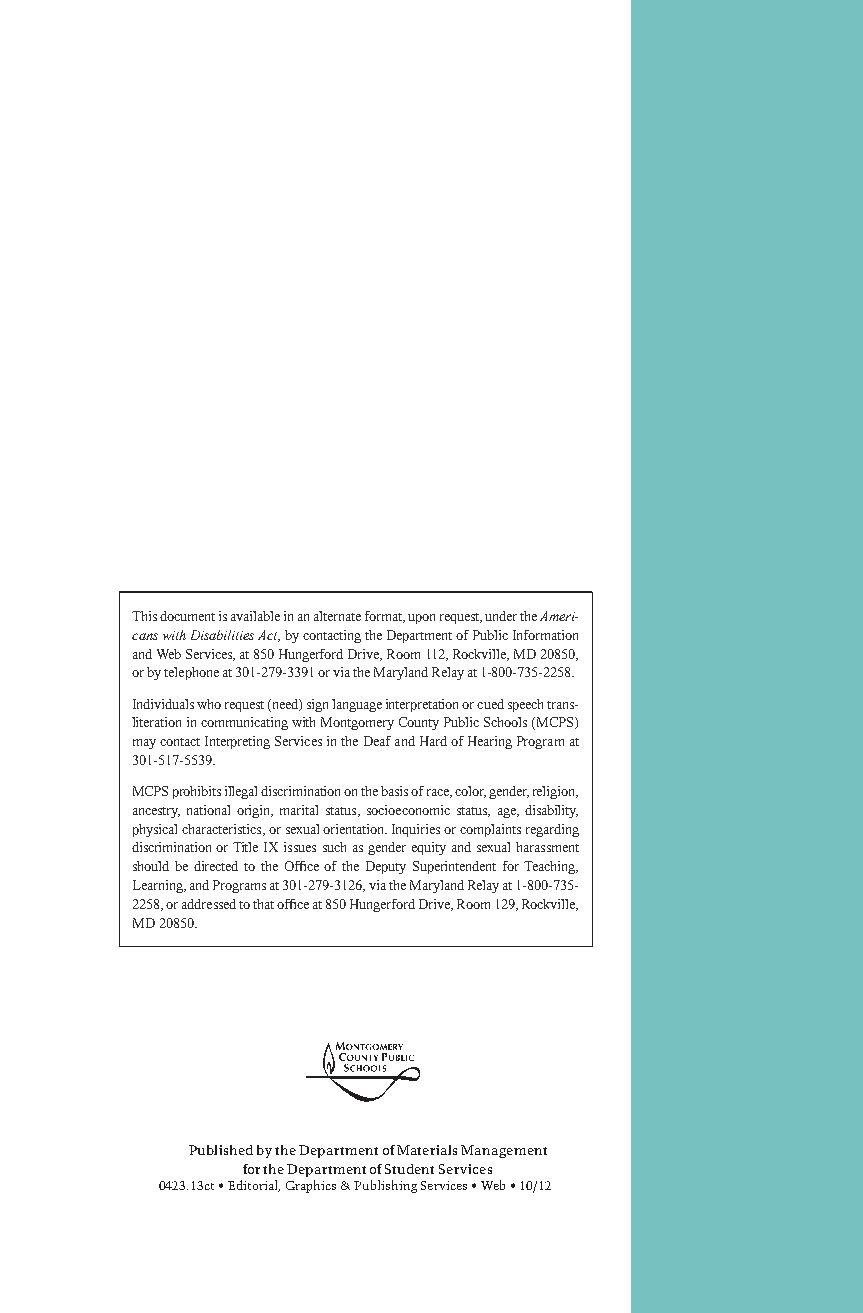
This document is available in an alternate format, upon request, under the Ameri-
 cans with Disabilities Act, by contacting the Department of Public Information
 and Web Services, at 850 Hungerford Drive, Room 112, Rockville, MD 20850,
 or by telephone at 301-279-3391 or via the Maryland Relay at 1-800-735-2258.
 Individuals who request (need) sign language interpretation or cued speech trans-
 literation in communicating with Montgomery County Public Schools (MCPS)
 may contact Interpreting Services in the Deaf and Hard of Hearing Program at
 301-517-5539.
 MCPS prohibits illegal discrimination on the basis of race, color, gender, religion,
 ancestry, national origin, marital status, socioeconomic status, age, disability,
 physical characteristics, or sexual orientation. Inquiries or complaints regarding
 discrimination or Title IX issues such as gender equity and sexual harassment
 should be directed to the Office of the Deputy Superintendent for Teaching,
 Learning, and Programs at 301-279-3126, via the Maryland Relay at 1-800-735-
 2258, or addressed to that office at 850 Hungerford Drive, Room 129, Rockville,
 MD 20850.
 Published by the Department of Materials Management
 for the Department of Student Services
 0423.13ct • Editorial, Graphics & Publishing Services • Web • 10/12